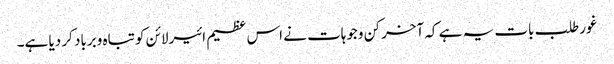
غورطلب بات یہ ہے کہ آخر کن وجوہات نے اس عظیم ائیرلائن کو تباہ وبرباد کر دیا ہے۔